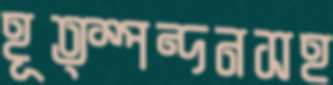
হূত্স্পন্দনসহ